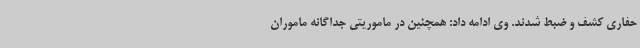
حفاری کشف و ضبط شدند. وی ادامه داد: همچنین در ماموریتی جداگانه ماموران